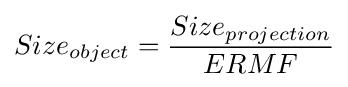
Size_{object}={\frac {Size_{projection}}{ERMF}}